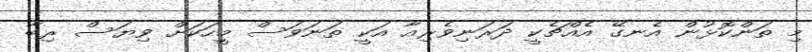
މި ތަންކޮޅުން އެނގޭ އެއްޗެކީ ދަރަނިވެރިއާ އަކީ ތަނަވަސް މީހަކަށް ވިޔަސް ރިބާ